Report on horse surra - Volume I
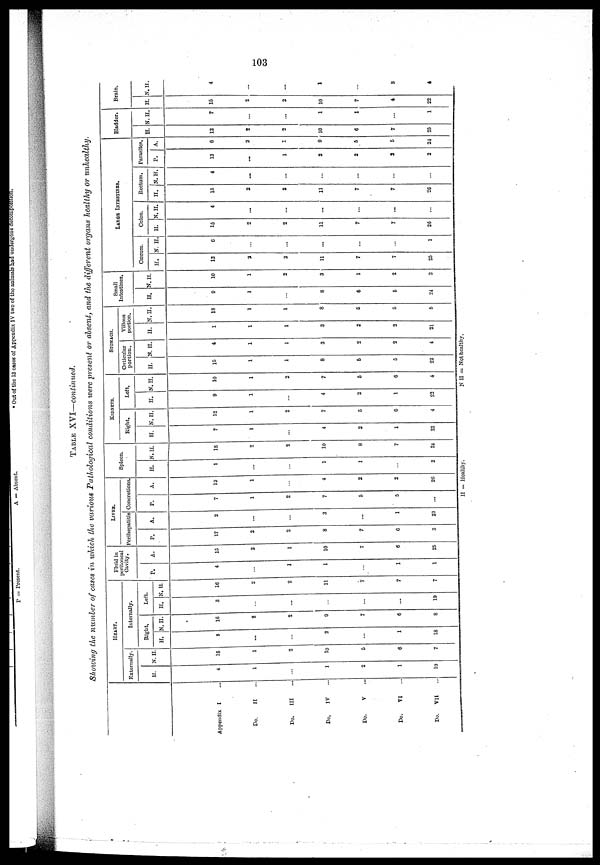
103
TABLE XVI—continued.
Showing the number of cases in which the various Pathological conditions were present or absent, and the different organs healthy or unhealthy.
Appendix
Do.
Do.
Do.
Dp.
Do.
Do.
I ...
II ...
III ...
IV ...
V ...
VI ...
VII ...
HEART.
Externally.
H.
4
1
...
1
2
1
19
N.H.
15
1
2
10
5
6
7
Internally.
Right.
H.
3
...
...
2
...
1
18
N. H.
16
2
2
9
7
6
8
Left.
H.
3
..
...
..
...
...
10
N. H.
16
2
2
11
7
7
7
Fluid in
peritoneal
Cavity.
P.
4
...
1
1
...
1
1
A.
15
2
1
10
7
6
25
LIVER.
Perihepatitis
P.
17
2
2
8
7
6
3
A.
2
...
...
3
...
1
23
Concretions.
P.
7
1
2
7
5
5
...
A.
12
1
...
4
2
2
26
Spleen.
H.
1
...
...
1
1
...
2
N.H.
18
2
2
10
8
7
24
KIDNEYS.
Bight.
H
7
1
...
4
2
1
22
N.H.
12
1
2
7
5
6
4
Left.
H.
9
1
4
2
1
22
N.H.
10
1
2
7
5
6
4
STOMACH.
Cuticular
portion.
H.
15
1
1
8
5
5
22
N.H.
4
1
1
3
2
2
4
Villous
portion.
H.
1
1
1
3
2
2
21
N.H.
18
1
1
8
6
5
5
Small
Intestines.
H.
9
1
8
6
5
24
N.H.
10
1
2
3
1
2
2
LARGE INTESTINES.
Cœcum.
H.
13
2
2
11
7
7
25
N. H
6
...
...
...
...
...
1
Colon.
H.
15
2
2
11
7
7
26
N.H.
4
...
...
...
...
...
...
Rectum.
H.
15
2
2
11
7
7
26
N. H.
4
...
...
...
...
...
...
Parasites.
P.
13
...
1
2
2
3
2
A.
6
2
1
9
5
5
24
Bladder.
H.
12
2
2
10
6
7
25
N.H.
7
...
...
1
1
...
1
Brain.
H.
15
2
2
10
7
4
22
N.H.
4
....
...
1
...
3
4
H = Healthy.
N H = Not healthy.